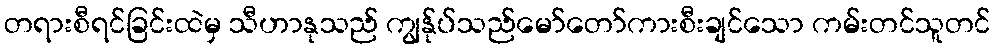
တရားစီရင်ခြင်းထဲမှ သီဟာနုသည် ကျွန်ုပ်သည်မော်တော်ကားစီးချင်သော ကမ်းတင်သူတင်